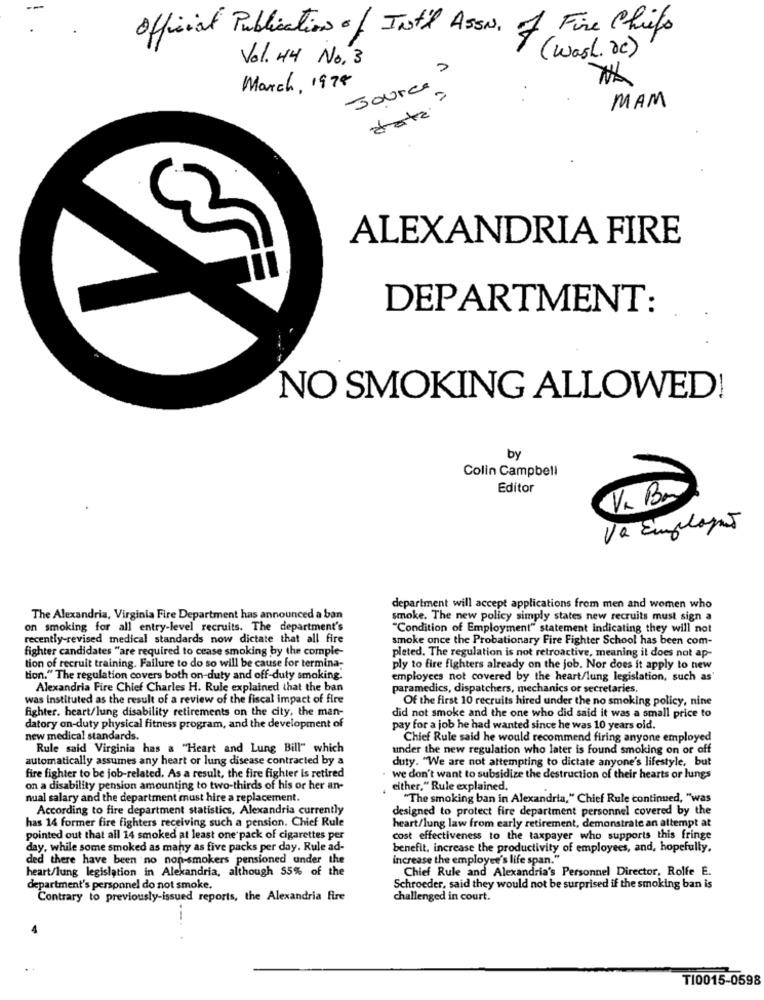
official Publication of Int'l Assa, of Fire Chiefs
Vol. 44 No. 3
( wash. De)
Jources
March, 1974
MAM
ALEXANDRIA FIRE
DEPARTMENT:
NO SMOKING ALLOWED!
by
Colin Campbell
Editor
VL Bes
Va Emplayão
department will accept applications from men and women who
The Alexandria, Virginia Fire Department has announced a ban
smoke. The new policy simply states new recruits must sign a
on smoking for all entry-level recruits. The department's
"Condition of Employment" statement indicating they will not
recently-revised medical standards now dictate that all fire
smoke once the Probationary Fire Fighter School has been com-
fighter candidates "are required to cease smoking by the comple-
pleted. The regulation is not retroactive, meaning it does not ap-
tion of recruit training. Failure to do so will be cause for termina-
ply to fire fighters already on the job. Nor does it apply to new
tion." The regulation covers both on-duty and off-duty smoking.
employees not covered by the heart/lung legislation, such as'
Alexandria Fire Chief Charles H. Rule explained that the ban
paramedics, dispatchers, mechanics or secretaries.
was instituted as the result of a review of the fiscal impact of fire
Of the first 10 recruits hired under the no smoking policy, nine
fighter. heart/lung disability retirements on the city, the man-
did not smoke and the one who did said it was a small price to
datory on-duty physical fitness program, and the development of
pay for a job he had wanted since he was 10 years old.
new medical standards.
Chief Rule said he would recommend firing anyone employed
Rule said Virginia has a "Heart and Lung Bill" which
under the new regulation who later is found smoking on or off
automatically assumes any heart or lung disease contracted by a
duty. "We are not attempting to dictate anyone's lifestyle, but
fire fighter to be job-related. As a result, the fire fighter is retired
we don't want to subsidize the destruction of their hearts or lungs
on a disability pension amounting to two-thirds of his or her an-
either," Rule explained,
nual salary and the department must hire a replacement.
"The smoking ban in Alexandria," Chief Rule continued, "was
According to fire department statistics, Alexandria currently
designed to protect fire department personnel covered by the
has 14 former fire fighters receiving such a pension. Chief Rule
heart/lung law from early retirement, demonstrate an attempt at
pointed out that all 14 smoked at least one pack of cigarettes per
cost effectiveness to the taxpayer who supports this fringe
day, while some smoked as many as five packs per day. Rule ad-
benefit, increase the productivity of employees, and, hopefully.
ded there have been no non-smokers pensioned under the
increase the employee's life span."
heart/lung legislation in Alexandria, although 55% of the
Chief Rule and Alexandria's Personnel Director, Rolfe E.
department's personnel do not smoke.
Schroeder, said they would not be surprised if the smoking ban is
Contrary to previously-issued reports, the Alexandria fire
challenged in court.
T10015-0598